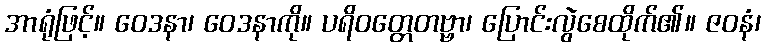
အာရုံဖြင့်။ ဝေဒနာ၊ ဝေဒနာကို။ ပရိဝတ္တေတဗ္ဗာ၊ ပြောင်းလွဲစေထိုက်၏။ ဇဝနံ၊